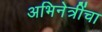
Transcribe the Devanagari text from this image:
अभिनेत्रींचा